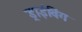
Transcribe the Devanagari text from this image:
ड्राईविंग